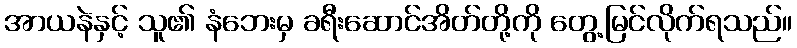
အာယနဲနှင့် သူ၏ နံဘေးမှ ခရီးဆောင်အိတ်တို့ကို တွေ့မြင်လိုက်ရသည်။